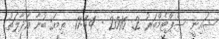
ޝައިނީ ސެޕްޓެމްބަރު 2